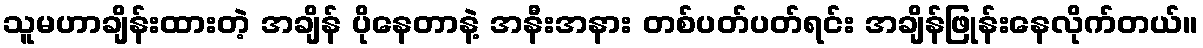
သူမဟာချိန်းထားတဲ့ အချိန် ပိုနေတာနဲ့ အနီးအနား တစ်ပတ်ပတ်ရင်း အချိန်ဖြုန်းနေလိုက်တယ်။